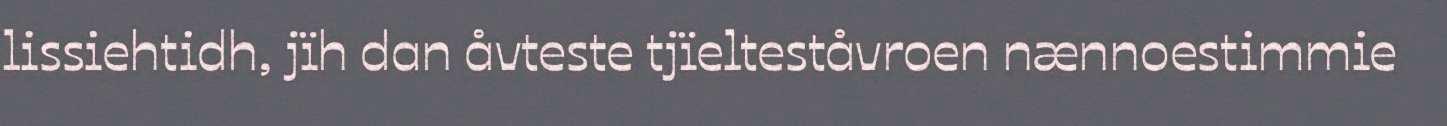
lissiehtidh, jïh dan åvteste tjïelteståvroen nænnoestimmie